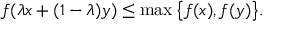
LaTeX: f ( \lambda x + ( 1 - \lambda ) y ) \leq \operatorname* { m a x } { \big \{ } f ( x ) , f ( y ) { \big \} } .